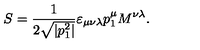
S = \frac { 1 } { 2 \sqrt { | p _ { 1 } ^ { 2 } | } } \varepsilon _ { \mu \nu \lambda } p _ { 1 } ^ { \mu } M ^ { \nu \lambda } .